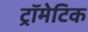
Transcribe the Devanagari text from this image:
ट्रॉमेटिक